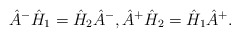
\begin{align*} \hat{A}^- \hat{H}_1 = \hat{H}_2 \hat{A}^-, \hat{A}^+ \hat{H}_2 = \hat{H}_1 \hat{A}^+.\end{align*}